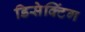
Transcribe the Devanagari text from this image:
डिसेक्टिंग